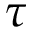
\tau